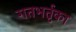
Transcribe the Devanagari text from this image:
गतभर्तृका